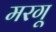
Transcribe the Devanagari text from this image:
मरगू